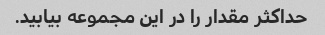
حداکثر مقدار را در این مجموعه بیابید.